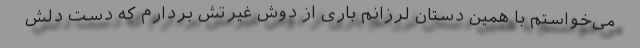
می‌خواستم با همین دستان لرزانم باری از دوش غیرتش بردارم که دست دلش